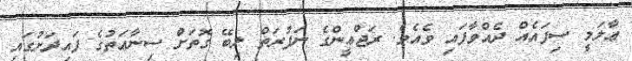
ޢާލަމީ ސިފައެއް ދެއްވާފައި ވެއެވެ. ރަޖްޢީންގެ ނަފުރަތް ލިބޭ ގޮތަށް ސިނާޢަތުގެ ފައިދަށުގައި